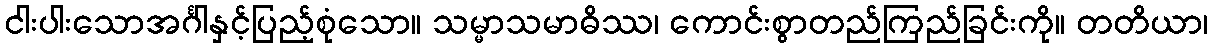
ငါးပါးသောအင်္ဂါနှင့်ပြည့်စုံသော။ သမ္မာသမာဓိဿ၊ ကောင်းစွာတည်ကြည်ခြင်းကို။ တတိယာ၊